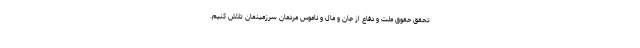
تحقق حقوق ملت و دفاع از جان و مال و ناموس مردمان سرزمینمان تلاش کنیم.